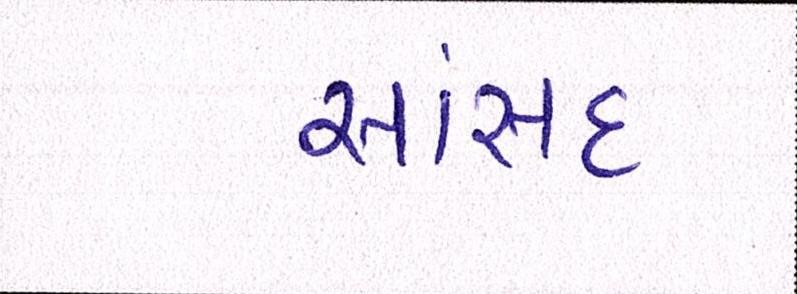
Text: સાંસદ